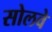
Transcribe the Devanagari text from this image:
सोलवे